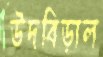
উদবিড়াল